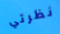
نظرتي